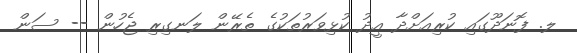
ލ. ފޮނަދޫގައި ކުރިއަށްދާ އީދު ކުޅިވަރުތަކުގެ ތެރޭން ލަނގިރި ޖެހުން -- ސަން